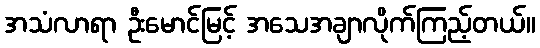
အသံလာရာ ဦးမောင်မြင့် အသေအချာလိုက်ကြည့်တယ်။